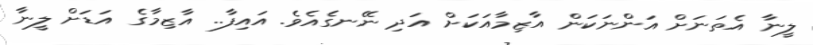
ލީނާ އެތަނަށް އަންނަކަން އާޒިމާއަކަށް އަދި ނޭނގެއެވެ. އައިފާ.. އާޒިމާގެ އަޑަށް ލީނާ